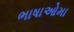
ભાષાઓમા